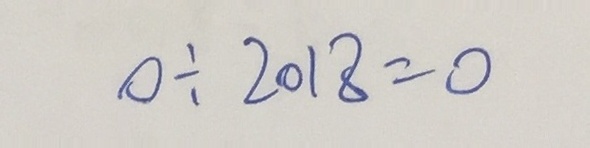
0 \div 2 0 1 8 = 0